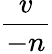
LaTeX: \frac{v}{-n}